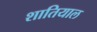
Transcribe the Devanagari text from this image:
शातियाल